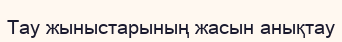
Тау жыныстарының жасын анықтау